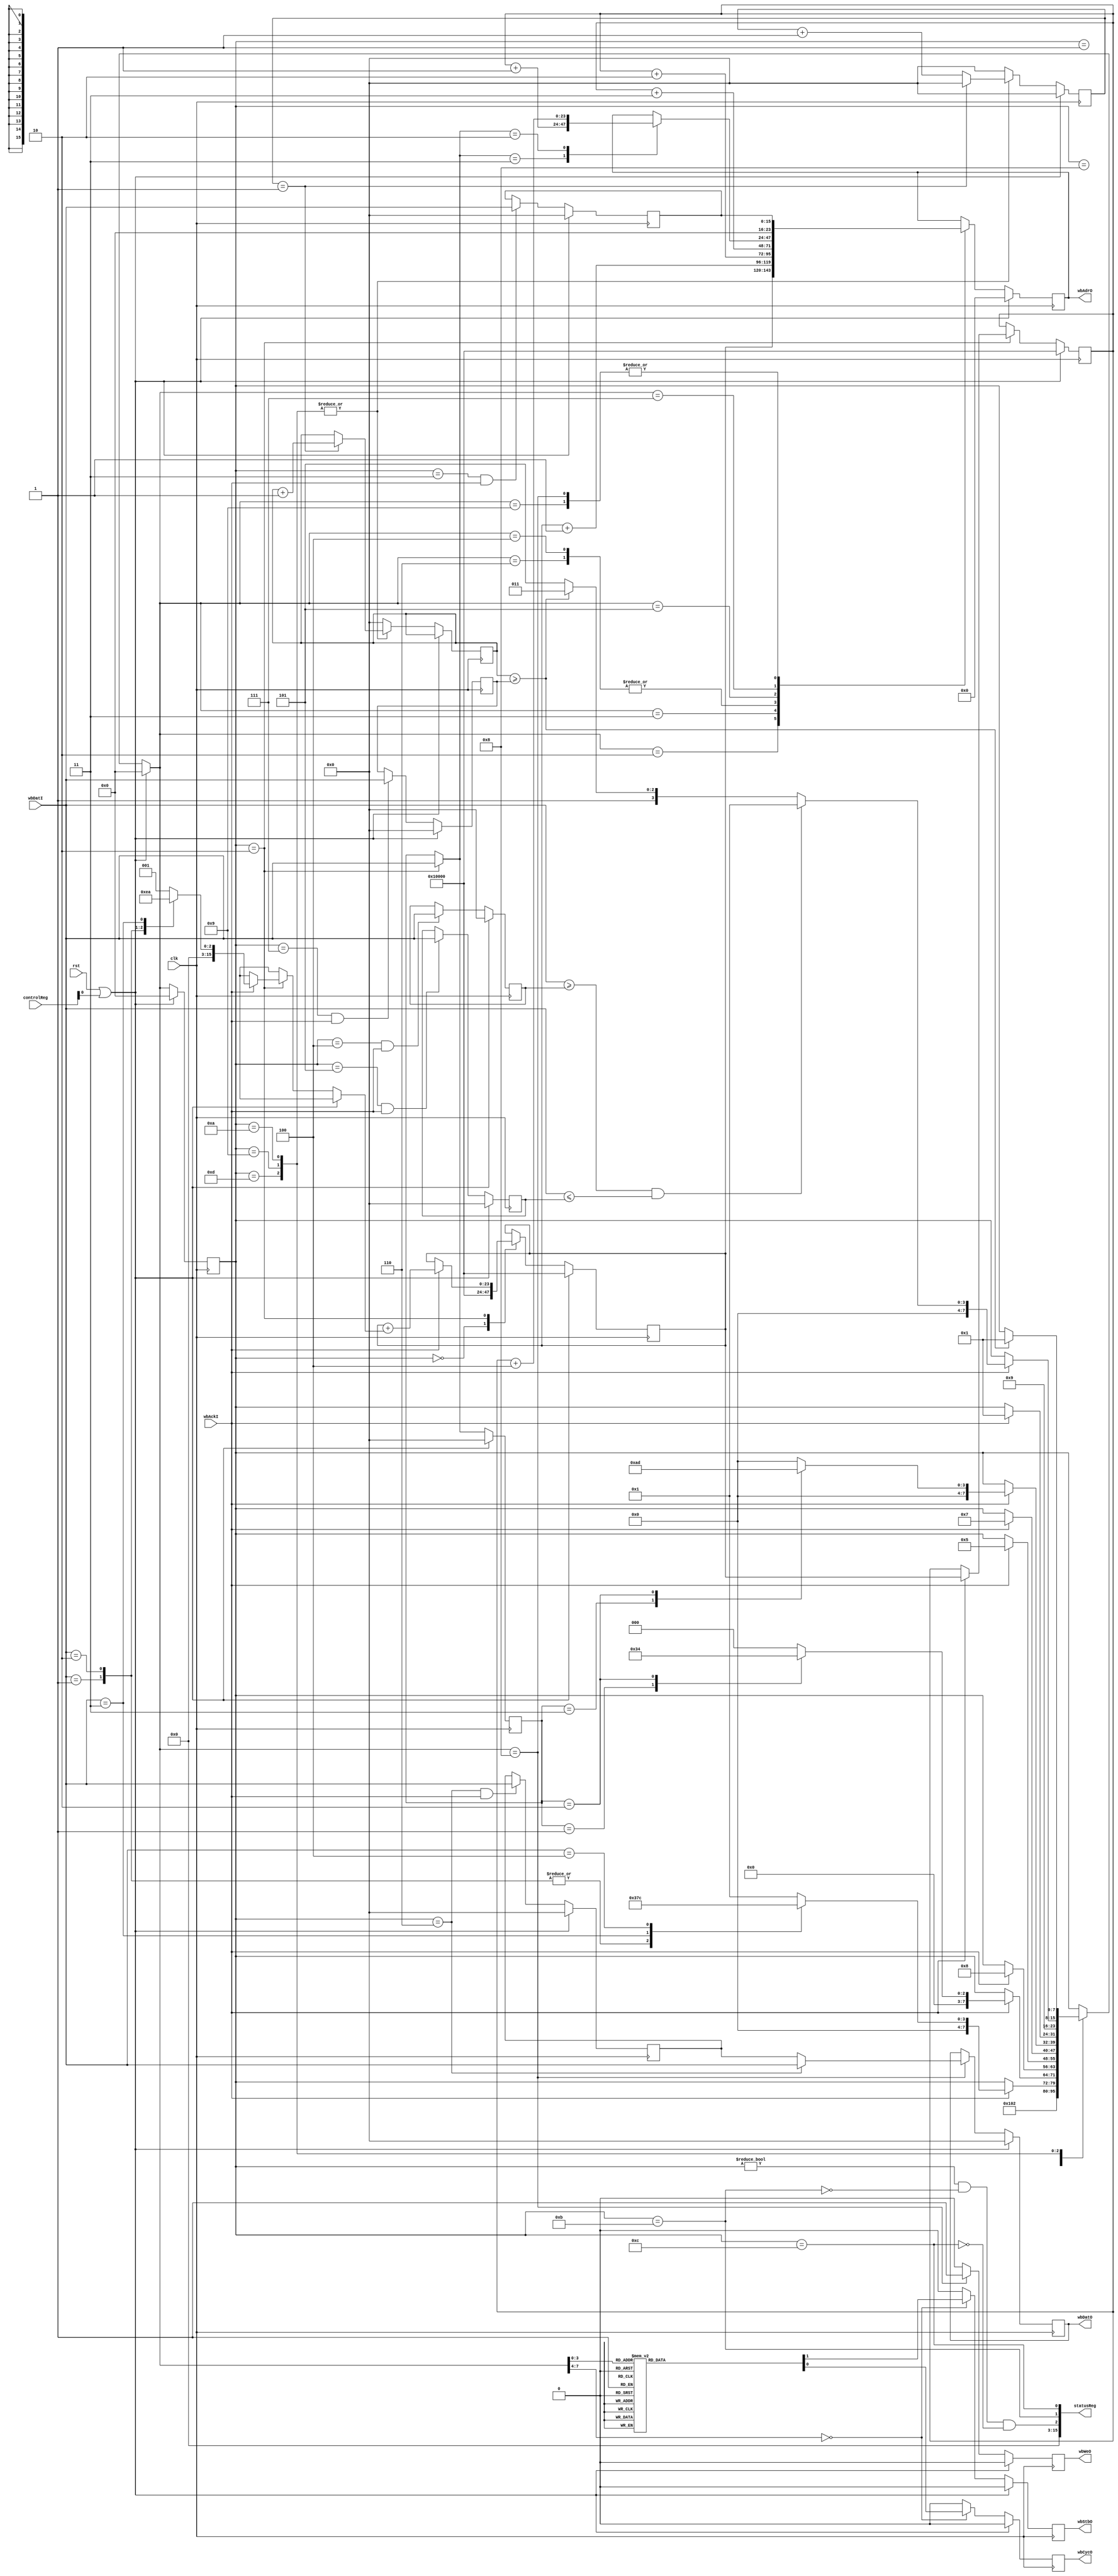
module Processor(
    input clk,
    input rst,

    // Wishbone
    output reg [ADDRESS_WIDTH-1:0] wbAdrO,
    output reg [15:0] wbDatO,
    input [15:0] wbDatI,
    output reg wbCycO,
    output reg wbStbO,
    output reg wbWeO,
    input wbAckI,
    
    input [15:0] controlReg,
    output [15:0] statusReg
);
    parameter TIMEOUT_CLOCK_DIVISOR = 1;
    parameter ADDRESS_WIDTH = 24;
    parameter PROGMEM_START = 'h10000;
    parameter PROGMEM_END   = 'h1FFFF;
    parameter REGMEM_START  = 'h00000;
    parameter REGMEM_END    = 'h0FFFF;

    localparam OPCODE_SET = 16'h0001;
    localparam OPCODE_WAIT = 16'h0002;
    localparam OPCODE_PAUSE = 16'h0003;
    localparam OPCODE_WIN = 16'h0004;

    function [15:0] instructionLength;
        input [15:0] opcode;
        begin
            case(opcode)
                OPCODE_SET: instructionLength = 16'd3;
                OPCODE_WAIT: instructionLength = 16'd5;
                OPCODE_PAUSE: instructionLength = 16'd2;
                OPCODE_WIN: instructionLength = 16'd1;
                default: instructionLength = 16'd1;
            endcase
        end
    endfunction

    /* controlReg begin */
    wire controlHalt = controlReg[0];
    /* controlReg end */

    /* statusReg begin */
    wire isRunning = state != STATE_HALT && !isFailed && !isSucceeded;
    wire isFailed = state == STATE_FAIL;
    wire isSucceeded = state == STATE_SUCCESS;
    assign statusReg = { 13'd0, isRunning, isFailed, isSucceeded };
    /* statusReg end */

    /* State machine begin */
    localparam STATE_HALT = 'h0;
    localparam STATE_FETCH_CMD_R = 'h1;
    localparam STATE_FETCH_CMD_A = 'h2;
    localparam STATE_FETCH_ADDR_A = 'h3;
    localparam STATE_FETCH_VAL_BOT_A = 'h4;
    localparam STATE_FETCH_VAL_TOP_A = 'h5;
    localparam STATE_FETCH_VAL_A = 'h6;
    localparam STATE_FETCH_TIME_A = 'h7;
    localparam STATE_WRITE_REG_A = 'h8;
    localparam STATE_READ_REG_A = 'h9;
    localparam STATE_WAIT = 'ha;
    localparam STATE_FAIL = 'hb;
    localparam STATE_SUCCESS = 'hc;
    localparam STATE_READ_REG_R = 'hd;

    reg [7:0] state = STATE_HALT;
    reg [7:0] nextState;

    wire [15:0] realOpcode = (state == STATE_FETCH_CMD_A) ? tempOpcode : opcode;
    wire [15:0] tempOpcode = wbDatI;
    wire [15:0] tempReg = wbDatI;

    wire [15:0] realRegValue = (state == STATE_FETCH_VAL_A) ? wbDatI : regValue;

    always @(posedge clk) begin
        if(rst || controlHalt) begin
            state <= STATE_HALT;
        end else begin
            state <= nextState;
        end
    end
    always @(*) begin
        if(rst || controlHalt) begin
            nextState = STATE_HALT;
        end else begin
            case(state)
                STATE_HALT: begin
                    nextState = STATE_FETCH_CMD_R;
                end
                STATE_FETCH_CMD_R: begin
                    nextState = STATE_FETCH_CMD_A;
                end
                STATE_FETCH_CMD_A: begin
                    if(wbAckI) begin
                        case(tempOpcode)
                            OPCODE_SET,
                            OPCODE_WAIT: begin
                                nextState = STATE_FETCH_ADDR_A;
                            end
                            OPCODE_PAUSE: begin
                                nextState = STATE_FETCH_TIME_A;
                            end
                            OPCODE_WIN: begin
                                nextState = STATE_SUCCESS;
                            end
                            default: begin
                                nextState = STATE_FETCH_CMD_R;
                            end
                        endcase
                    end else
                        nextState = state;
                end
                STATE_FETCH_ADDR_A: begin
                    if(wbAckI) begin
                        case(opcode)
                            OPCODE_SET: nextState = STATE_FETCH_VAL_A;
                            OPCODE_WAIT: nextState = STATE_FETCH_VAL_BOT_A;
                            default: begin
                                $display("Automata error: bad opcode in STATE_FETCH_ADDR_A");
                                nextState = STATE_HALT;
                            end
                        endcase
                    end else
                        nextState = state;
                end
                STATE_FETCH_VAL_A: begin
                    if(wbAckI) begin
                        nextState = STATE_WRITE_REG_A;
                    end else
                        nextState = state;
                end
                STATE_FETCH_VAL_BOT_A: begin
                    if(wbAckI) begin
                        nextState = STATE_FETCH_VAL_TOP_A;
                    end else
                        nextState = state;
                end
                STATE_FETCH_VAL_TOP_A: begin
                    if(wbAckI) begin
                        nextState = STATE_FETCH_TIME_A;
                    end else
                        nextState = state;
                end
                STATE_FETCH_TIME_A: begin
                    if(wbAckI) begin
                        case(opcode)
                            OPCODE_PAUSE: nextState = STATE_WAIT;
                            OPCODE_WAIT: nextState = STATE_READ_REG_R;
                            default: begin
                                $display("Automata error: bad opcode in STATE_FETCH_TIME_A");
                                nextState = STATE_HALT;
                            end
                        endcase
                    end else
                        nextState = state;
                end
                STATE_WRITE_REG_A: begin
                    if(wbAckI)
                        nextState = STATE_FETCH_CMD_R;
                    else
                        nextState = state;
                end
                STATE_READ_REG_R: begin
                    nextState = STATE_READ_REG_A;
                end
                STATE_READ_REG_A: begin
                    if(wbAckI) begin
                        if(tempReg >= regBottom && tempReg <= regTop) begin
                            nextState = STATE_FETCH_CMD_R;
                        end else begin
                            if(timeout) begin
                                nextState = STATE_FAIL;
                            end else
                                nextState = STATE_READ_REG_R;
                        end
                    end else
                        nextState = state;
                end
                STATE_WAIT: begin
                    if(timeout)
                        nextState = STATE_FETCH_CMD_R;
                    else
                        nextState = state;
                end
                default: nextState = state;
            endcase
        end
    end
    /* State machine end */

    /* Wishbone begin */
    initial begin
        wbCycO = 1'b0;
        wbStbO = 1'b0;
        wbWeO = 1'b0;
        wbDatO = 16'd0;
        wbAdrO = 0;
    end
    always @(posedge clk) begin
        if(rst || controlHalt) begin
            wbCycO <= 1'b0;
            wbStbO <= 1'b0;
            wbWeO <= 1'b0;
            wbDatO <= 16'd0;
            wbAdrO <= 0;
        end else begin
            // wbWeO begin
            case(nextState)
                STATE_WRITE_REG_A: begin
                    wbWeO <= 1'b1;
                end
                default: wbWeO <= 1'b0;
            endcase
            // wbWeO end

            // wbCycO and wbStbO begin
            case(nextState)
                STATE_FETCH_CMD_A,
                STATE_FETCH_ADDR_A,
                STATE_FETCH_VAL_A,
                STATE_FETCH_VAL_BOT_A,
                STATE_FETCH_VAL_TOP_A,
                STATE_FETCH_TIME_A,
                STATE_WRITE_REG_A,
                STATE_READ_REG_A: begin
                    wbCycO <= 1'b1;
                    wbStbO <= 1'b1;
                end
                default: begin
                    wbCycO <= 1'b0;
                    wbStbO <= 1'b0;
                end
            endcase
            // wbCycO and wbStbO end

            // wbAdrO and wbDatO begin
            case(nextState)
                STATE_FETCH_CMD_A: begin
                    wbAdrO <= instructionPointer;
                end
                STATE_FETCH_ADDR_A: begin
                    wbAdrO <= instructionPointer + 1;
                end
                STATE_FETCH_VAL_A: begin
                    wbAdrO <= currentInstructionPointer + 2;
                end
                STATE_FETCH_VAL_BOT_A: begin
                    wbAdrO <= currentInstructionPointer + 2;
                end
                STATE_FETCH_VAL_TOP_A: begin
                    wbAdrO <= currentInstructionPointer + 3;
                end
                STATE_FETCH_TIME_A: begin
                    case(realOpcode)
                        OPCODE_PAUSE: wbAdrO <= currentInstructionPointer + 1;
                        OPCODE_WAIT: wbAdrO <= currentInstructionPointer + 4;
                    endcase
                end
                STATE_WRITE_REG_A: begin
                    wbAdrO <= regAddress;
                    wbDatO <= realRegValue;
                end
                STATE_READ_REG_A: begin
                    wbAdrO <= regAddress;
                end
            endcase
            // wbAdrO and wbDatO end
        end
    end
    /* Wishbone end */

    /* instructionPointer begin */
    reg [ADDRESS_WIDTH-1:0] instructionPointer = PROGMEM_START;
    reg [ADDRESS_WIDTH-1:0] currentInstructionPointer = PROGMEM_START;
    always @(posedge clk) begin
        if(rst || controlHalt) begin
            instructionPointer <= PROGMEM_START;
            currentInstructionPointer <= PROGMEM_START;
        end else begin
            case(state)
                STATE_HALT: begin
                    instructionPointer <= PROGMEM_START;
                end
                STATE_FETCH_CMD_A: begin
                    if(wbAckI) begin
                        instructionPointer <= instructionPointer + instructionLength(tempOpcode);
                        currentInstructionPointer <= instructionPointer;
                    end
                end
            endcase
        end
    end
    /* instructionPointer end */

    /* opcode begin */
    reg [15:0] opcode = 16'd0;
    always @(posedge clk) begin
        if(rst || controlHalt) begin
            opcode <= 16'd0;
        end else begin
            if(state == STATE_FETCH_CMD_A)
                opcode <= tempOpcode;
        end
    end
    /* opcode end */

    /* timeoutValue, regValue, regAddress, regBottom and regTop begin */
    reg [15:0] regBottom = 16'd0;
    reg [15:0] regTop = 16'd0;
    reg [15:0] regAddress = 16'd0;
    reg [15:0] timeoutValue = 16'd0;
    reg [15:0] regValue = 16'd0;
    always @(posedge clk) begin
        if(rst || controlHalt) begin
            regBottom <= 16'd0;
            regTop <= 16'd0;
            regAddress <= 16'd0;
            timeoutValue <= 16'd0;
            regValue <= 16'd0;
        end else begin
            if(state == STATE_FETCH_VAL_BOT_A && wbAckI)
                regBottom <= wbDatI;
            if(state == STATE_FETCH_VAL_TOP_A && wbAckI)
                regTop <= wbDatI;
            if(state == STATE_FETCH_ADDR_A && wbAckI)
                regAddress <= wbDatI;
            if(state == STATE_FETCH_TIME_A && wbAckI)
                timeoutValue <= wbDatI;
            if(state == STATE_FETCH_VAL_A && wbAckI)
                regValue <= wbDatI;
        end
    end
    /* timeoutValue, regAddress, regBottom and regTop end */

    /* timeout begin */
    wire timeout = timeoutCounter >= timeoutValue;
    reg [15:0] slowClockCounter = 16'd0;
    reg [15:0] timeoutCounter = 16'd0;
    always @(posedge clk) begin
        if(rst || controlHalt) begin
            slowClockCounter <= 16'd0;
        end else begin
            case(state)
                STATE_READ_REG_A,
                STATE_READ_REG_R,
                STATE_WAIT: begin
                    if(slowClockCounter == TIMEOUT_CLOCK_DIVISOR) begin
                        slowClockCounter <= 16'd0;
                        timeoutCounter <= timeoutCounter + 16'd1;
                    end else
                        slowClockCounter <= slowClockCounter + 16'd1;
                end
                default: begin
                    slowClockCounter <= 16'd0;
                    timeoutCounter <= 16'd0;
                end
            endcase
        end
    end
    /* timeout end */
endmodule